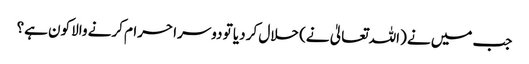
جب میں نے (اللہ تعالیٰ نے) حلال کر دیا تو دوسرا حرام کرنے والا کون ہے؟